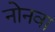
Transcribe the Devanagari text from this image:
नोनवा